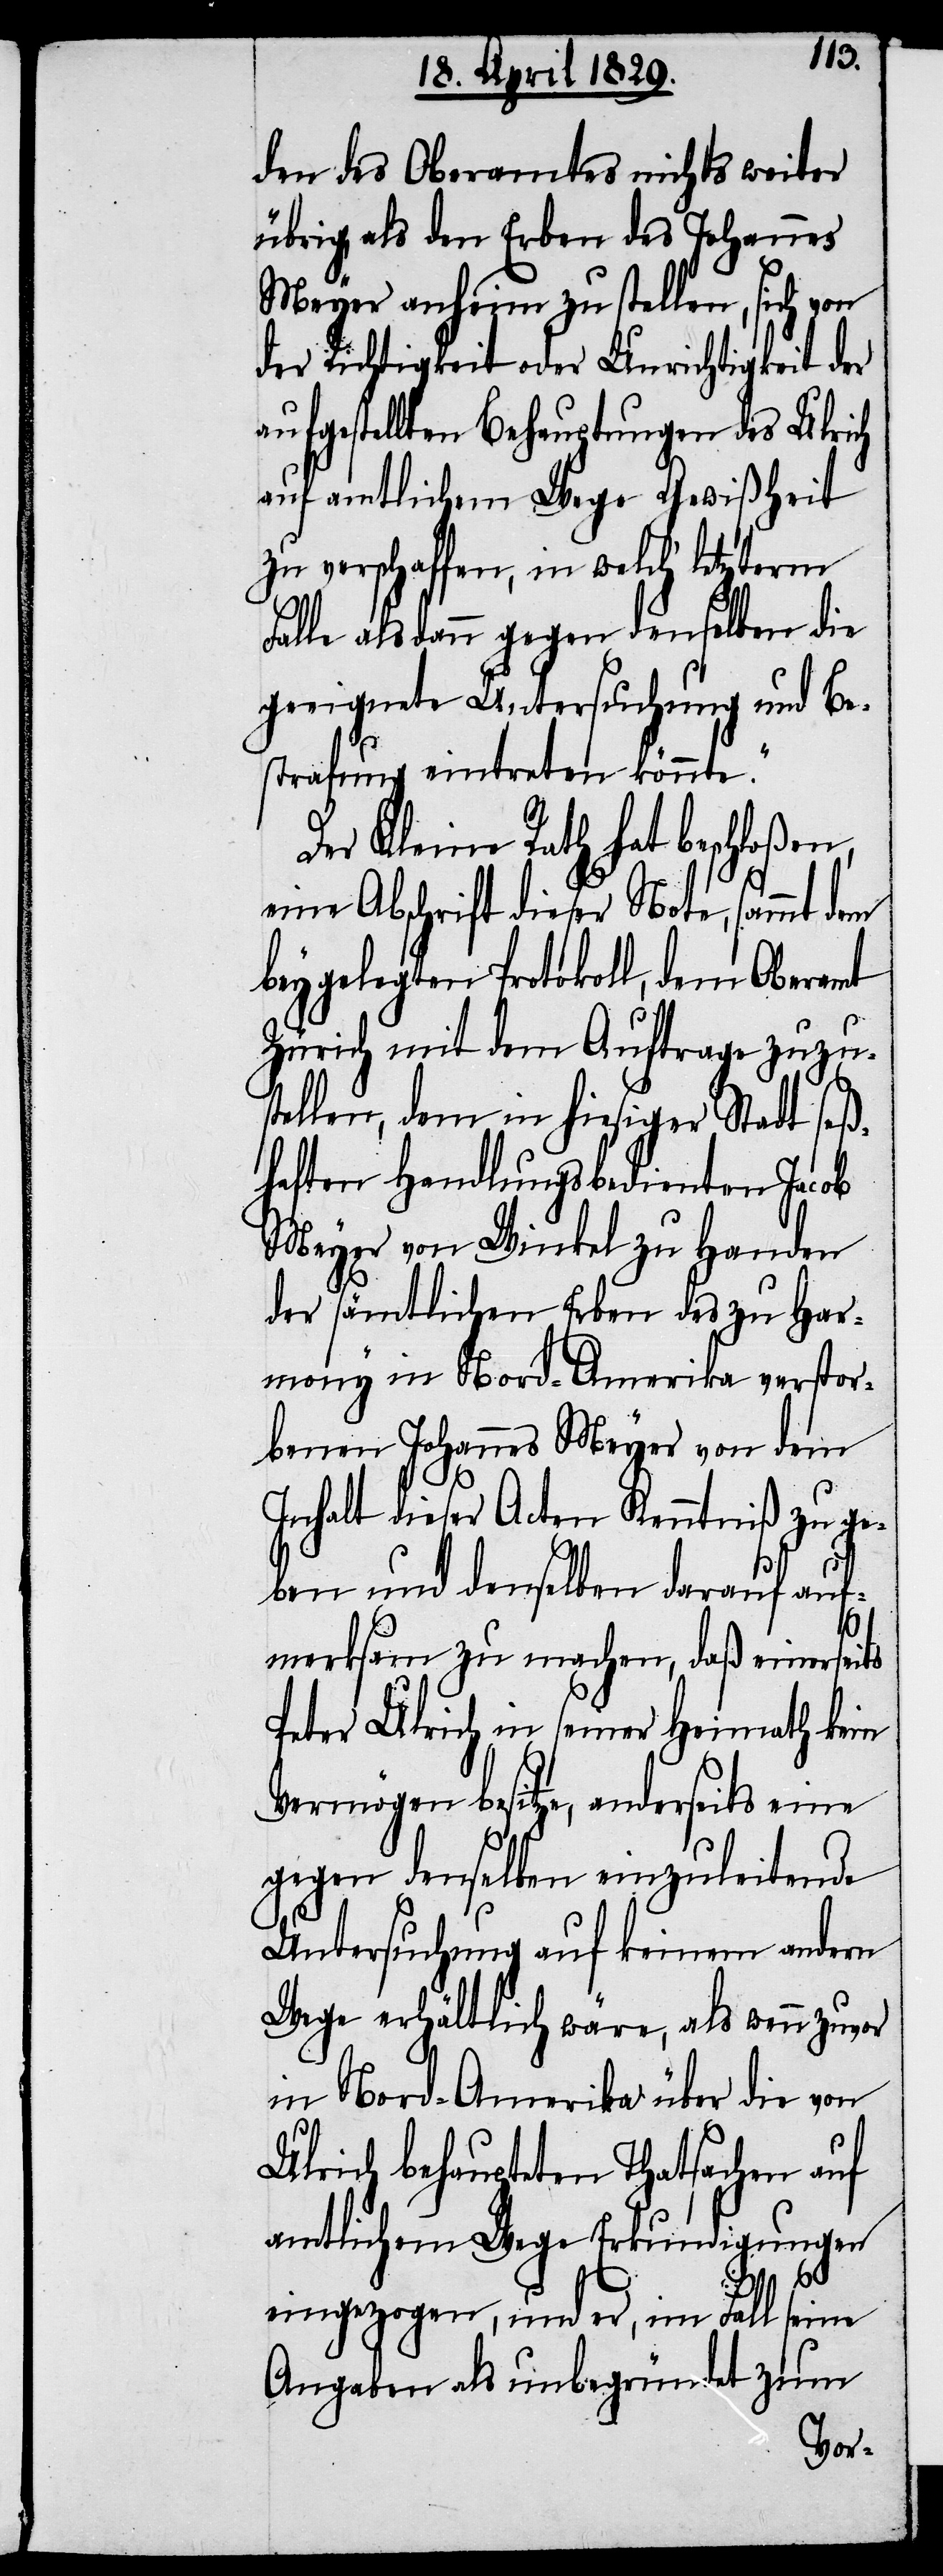
den des Oberamtes nichts weiter
übrig, als den Erben des Johannes
Meyer anheim zu stellen, sich von
der Richtigkeit oder Unrichtigkeit der
aufgestellten Behauptungen des Ulrich
auf amtlichem Wege Gewißheit
zu verschaffen, in welch‘ letzterm
Falle alsdann gegen denselben die
geeignete Untersuchung und Be¬
strafung eintreten könnte.“
Der Kleine Rath hat beschloßen,
eine Abschrift dieser Note, sammt dem
beygelegten Protokoll, dem Oberamt
Zürich mit dem Auftrage zuzus¬
tellen, dem in hiesiger Stadt seß¬
haften Handlungsbedienten Jacob
Meyer von Winkel zu Handen
der sämmtlichen Erben des zu Har¬
mony in Nord-Amerika verstor¬
benen Johannes Meyer von dem
Inhalt dieser Acten Kenntniß zu ge¬
ben und denselben darauf auf¬
merksam zu machen, daß einerseits
Peter Ulrich in seiner Heimath kein
Vermögen besitze, anderseits eine
gegen denselben einzuleitende
Untersuchung auf keinem andern
Wege erhältlich wäre, als wenn zuvor
in Nord-Amerika über die von
Ulrich behaupteten Thatsachen auf
amtlichem Wege Erkundigungen
eingezogen, und er, im Fall seine
Angaben als unbegründet zum